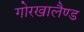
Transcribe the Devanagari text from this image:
गोरखालैण्ड